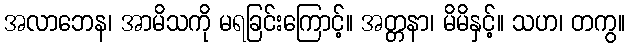
အလာဘေန၊ အာမိသကို မရခြင်းကြောင့်။ အတ္တနာ၊ မိမိနှင့်။ သဟ၊ တကွ။